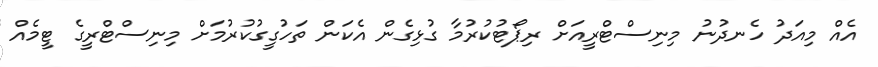
އެއް މިއަދު ހެނދުނު މިނިސްޓްރީއަށް ރިޕޯޓުކުރުމާ ގުޅިގެން އެކަން ތަހުގީގުކުރުމަށް މިނިސްޓްރީގެ ޓީމެއް